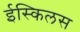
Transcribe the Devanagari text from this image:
ईस्किलस